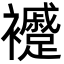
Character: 䙯